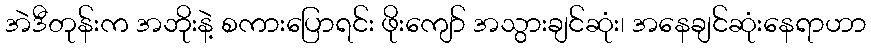
အဲဒီတုန်းက အဘိုးနဲ့ စကားပြောရင်း ဖိုးကျော် အသွားချင်ဆုံး၊ အနေချင်ဆုံးနေရာဟာ